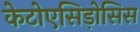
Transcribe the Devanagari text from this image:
केटोएसिड़ोसिस